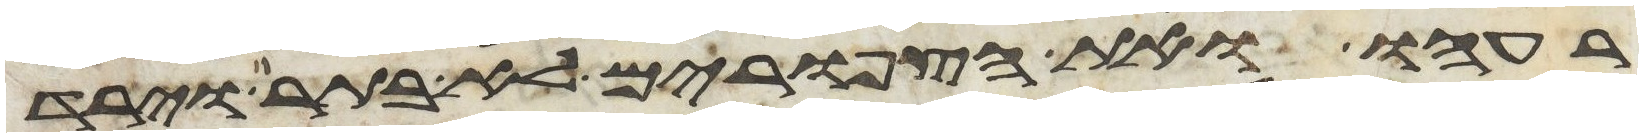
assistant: רעהו ואת הצפורים לא בתר וירד